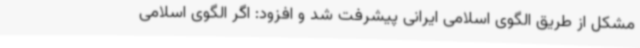
مشکل از طریق الگوی اسلامی ایرانی پیشرفت شد و افزود: اگر الگوی اسلامی